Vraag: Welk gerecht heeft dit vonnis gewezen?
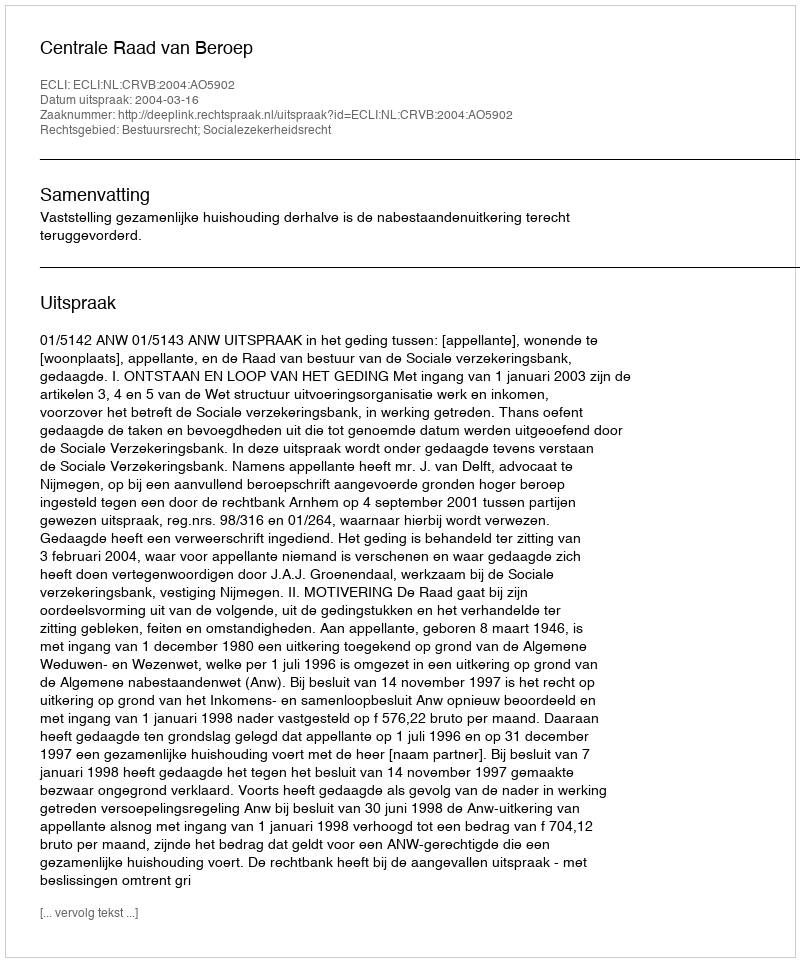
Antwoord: Centrale Raad van Beroep